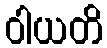
ဝါယတိ